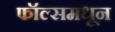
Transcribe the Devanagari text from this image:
फॉल्समधून